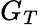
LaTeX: G_{T}